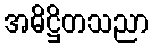
အဓိဋ္ဌိတသညာ